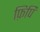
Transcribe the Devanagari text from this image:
फ़िपि